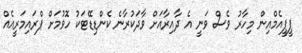
ޕީޕީއެމްއިން މިހާރު ވެސް ވަނީ އެ ދާއިރާއަށް ވާދަކުރާނެ ކެންޑިޑޭޓަކު ހޮވުމަށް ޕްރައިމަރީއެއް